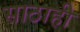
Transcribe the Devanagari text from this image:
साठाही